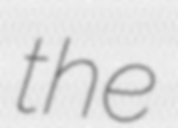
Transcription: the